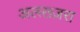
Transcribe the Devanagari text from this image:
अलख्ज़रा